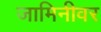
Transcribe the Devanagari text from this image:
जामिनीवर